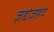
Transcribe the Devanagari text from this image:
ज़द्दोज़हद